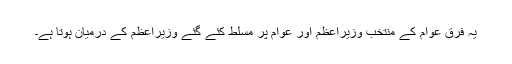
یہ فرق عوام کے منتخب وزیراعظم اور عوام پر مسلط کئے گئے وزیراعظم کے درمیان ہوتا ہے۔